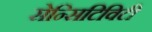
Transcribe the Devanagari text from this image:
सेन्सिटिविटी